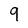
Character: 9